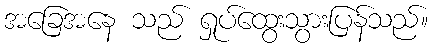
အခြေအနေ သည် ရှုပ်ထွေးသွားပြန်သည်။